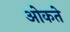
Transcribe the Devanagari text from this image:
ओकते